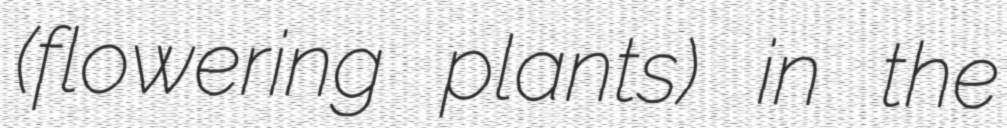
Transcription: (flowering plants) in the